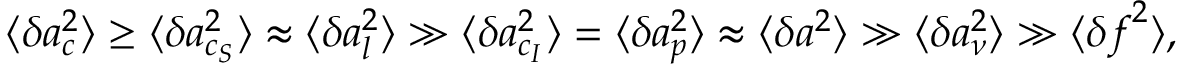
\langle \delta \boldsymbol { a } _ { c } ^ { 2 } \rangle \ge \langle \delta \boldsymbol { a } _ { c _ { S } } ^ { 2 } \rangle \approx \langle \delta \boldsymbol { a } _ { l } ^ { 2 } \rangle \gg \langle \delta \boldsymbol { a } _ { c _ { I } } ^ { 2 } \rangle = \langle \delta \boldsymbol { a } _ { p } ^ { 2 } \rangle \approx \langle \delta \boldsymbol { a } ^ { 2 } \rangle \gg \langle \delta \boldsymbol { a } _ { \nu } ^ { 2 } \rangle \gg \langle \delta \boldsymbol { f } ^ { 2 } \rangle ,